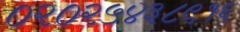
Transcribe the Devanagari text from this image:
०२०२५४३८९१६